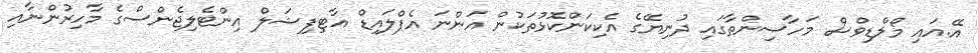
އޭ.އައި މޯލްޑިވްސް މަހާސިންތާގައި ދުނިޔޭގެ އެކިކަންކޮޅުތަކުން އަންނަ އެޕްލައިޑް އާޓިފިޝަލް އިންޓެލިޖެންސްގެ މާހިރުންނާއި